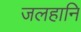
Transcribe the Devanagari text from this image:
जलहानि